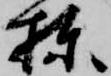
棟